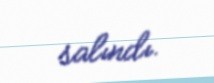
salındı.